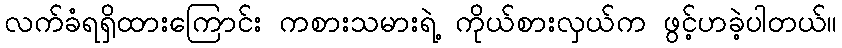
လက်ခံရရှိထားကြောင်း ကစားသမားရဲ့ ကိုယ်စားလှယ်က ဖွင့်ဟခဲ့ပါတယ်။